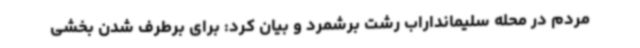
مردم در محله سلیمانداراب رشت برشمرد و بیان کرد: برای برطرف شدن بخشی